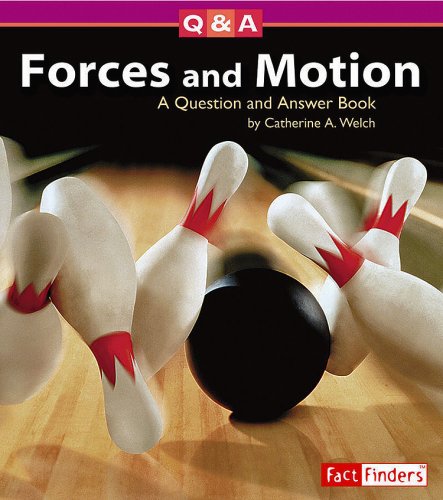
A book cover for Forces and Motion: A Question and Answer Book (Questions and Answers: Physical Science); Catherine A. Welch; Children's Books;